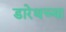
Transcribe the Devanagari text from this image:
डारेथच्या